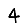
Digit: 4